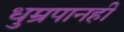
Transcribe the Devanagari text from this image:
धुम्रपानही